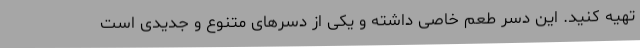
تهیه کنید. این دسر طعم خاصی داشته و یکی از دسرهای متنوع و جدیدی است